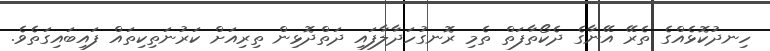
ހިނދުކޮޅެއްގެ ތެރޭ އޭނާގެ ދެކޯތާފަތް ތެމި ރޮނގުހަދާލާފައި ދަތްދޮޅިން ތިރިއަށް ކަރުނަތިކިތައް ފައިބައިގަތެވެ.